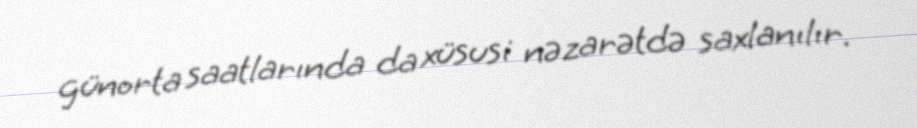
günorta saatlarında da xüsusi nəzarətdə saxlanılır.